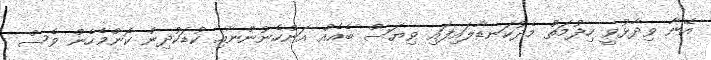
އޭނާ ވިދާޅުވީ ހިދުމަތް މެދުކަނޑާލައިފައި ވިޔަސް ބެއެއް އަންހެނުންނާއި ކުޑަކުދިން ކޮންމެހެން ވެސް